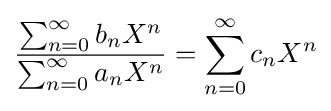
{\frac {\sum _{n=0}^{\infty }b_{n}X^{n}}{\sum _{n=0}^{\infty }a_{n}X^{n}}}=\sum _{n=0}^{\infty }c_{n}X^{n}